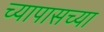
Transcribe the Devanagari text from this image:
च्यापासच्या